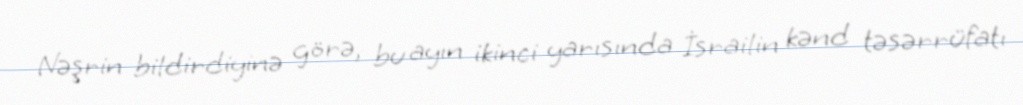
Nəşrin bildirdiyinə görə, bu ayın ikinci yarısında İsrailin kənd təsərrüfatı